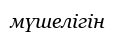
мүшелігін